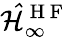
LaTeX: \mathcal{\hat{H}}_{\infty}^{\mathrm{~H~F~}}